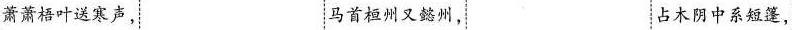
潇潇梧叶送寒声， 马首桓州又懿州，占木阴中系短篷，